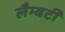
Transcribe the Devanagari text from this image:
लैम्बर्टी